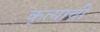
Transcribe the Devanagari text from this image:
कृत्याची